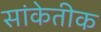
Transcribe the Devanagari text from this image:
सांकेतीक